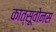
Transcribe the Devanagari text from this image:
कात्सूवोनस